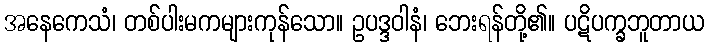
အနေကေသံ၊ တစ်ပါးမကများကုန်သော။ ဥပဒ္ဒဝါနံ၊ ဘေးရန်တို့၏။ ပဋိပက္ခဘူတာယ